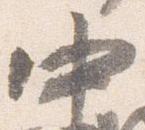
中